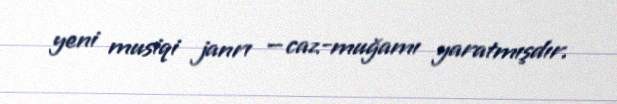
yeni musiqi janrı — caz-muğamı yaratmışdır.